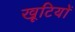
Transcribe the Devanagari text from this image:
खूटियों